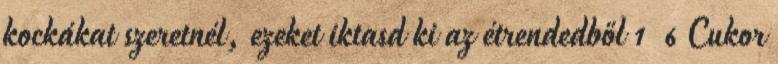
kockákat szeretnél, ezeket iktasd ki az étrendedből 1 6 Cukor